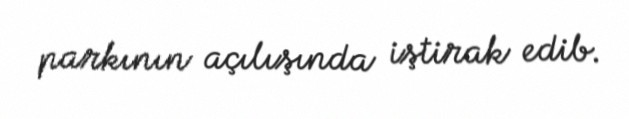
parkının açılışında iştirak edib.